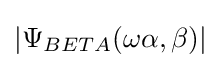
|\Psi _{BETA}(\omega \alpha ,\beta )|